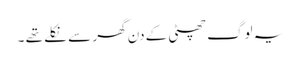
یہ لوگ چھٹی کے دن گھر سے نکلے تھے ۔